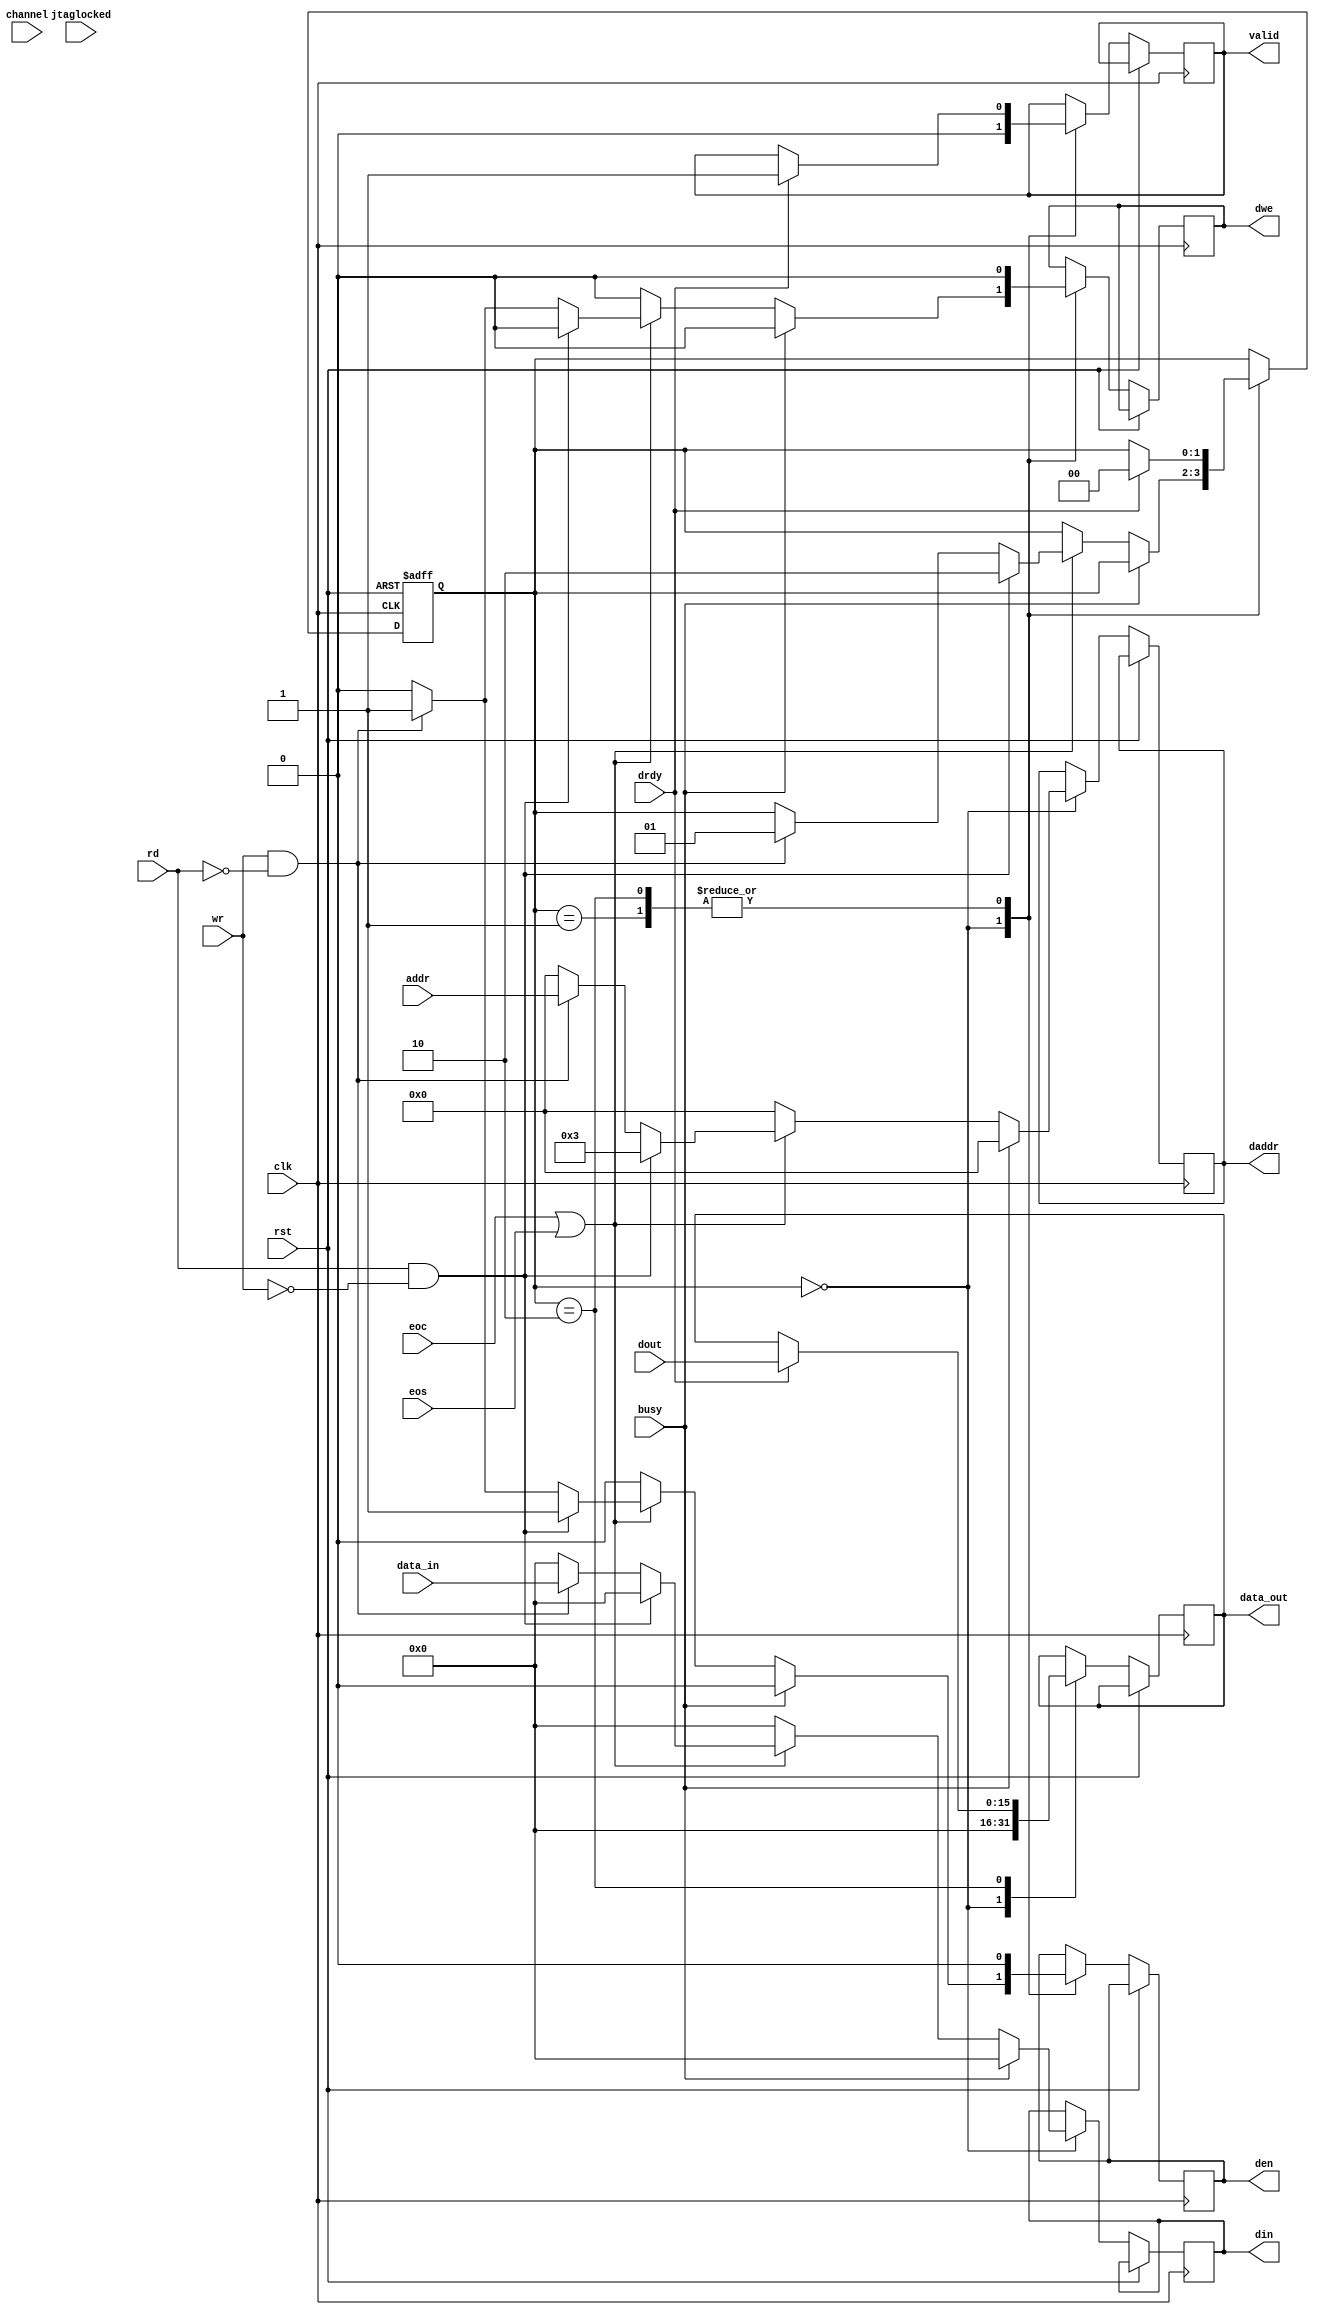
`timescale 1ns / 1ps
//////////////////////////////////////////////////////////////////////////////////
// Company: 
// Engineer: 
// 
// Design Name: 
// Module Name: fsm_ADC
// Project Name: 
// Target Devices: 
// Tool Versions: 
// Description: 
// 
// Dependencies: 
// 
// Revision:
// Revision 0.01 - File Created
// Additional Comments:
// 
//////////////////////////////////////////////////////////////////////////////////


module fsm_ADC
(
	// User Interface
	input 			       clk,
	input 			       rst,
	input 			       rd,
	input 			       wr,
	input	       [6:0]   addr,
	input          [15:0]  data_in,
	output	reg    [15:0]  data_out,
	output	reg		       valid,
	// XADC ports
    input                  jtaglocked,
	input 			       busy,
	input 			       drdy,
	input 			       eoc,
	input                  eos,
	input          [4:0]   channel,
	input          [15:0]  dout,
	output 	reg            dwe,
	output 	reg            den,
	output 	reg    [6:0]   daddr,
	output 	reg    [15:0]  din
);

parameter [1:0]
	IDLE 	= 2'b00,
	WRITE 	= 2'b01,
	READ 	= 2'b10;

reg [1:0] state;

initial begin
	state <= IDLE;
	din <= 16'h0000;
	daddr <= 7'h00;
	den <= 1'b0;
	dwe <= 1'b0;
	valid <= 1'b0;
	data_out <= 16'h0000;
end

always@(posedge clk or posedge rst) begin
	if(rst)
		state <= IDLE;
		
	else begin
		case(state)
			IDLE: begin
				din <= 16'h0000;
				daddr <= 7'h00;
				den <= 1'b0;
				dwe <= 1'b0;
				valid <= 1'b0;
				data_out <= 16'h0000;
				if(!busy) begin
					if(eoc || eos) begin
						if(rd && !wr) begin
							den <= 1'b1;
							dwe <= 1'b0;
							daddr <= 7'h03;
							state <= READ;
						end
						else if(wr && !rd) begin
							den <= 1'b1;
							dwe <= 1'b1;
							din <= data_in;
							daddr <= addr;
							state <= WRITE;
						end
					end
				end
			end
			
			WRITE: begin
				den <= 1'b0;
				dwe <= 1'b0;
				if(drdy) begin
					valid <= 1'b1;
					state <= IDLE;
				end
			end
			
			READ: begin
				den <= 1'b0;
				dwe <= 1'b0;
				if(drdy) begin
					data_out <= dout;
					valid <= 1'b1;
					state <= IDLE;
				end
			end
		endcase
	end
end

endmodule